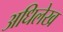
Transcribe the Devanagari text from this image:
अधिलेख